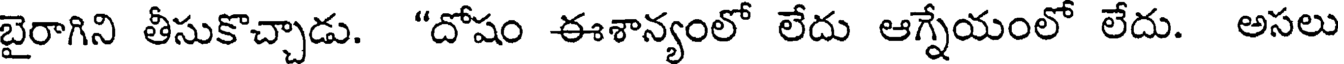
బైరాగిని తీసుకొచ్చాడు. "దోషం ఈశాన్యంలో లేదు ఆగ్నేయంలో లేదు. అసలు